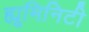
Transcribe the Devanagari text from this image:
ह्यूमिनिटी